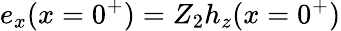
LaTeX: {e_{x}(x=0^{+})=Z_{2}h_{z}(x=0^{+})}